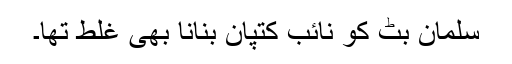
سلمان بٹ کو نائب کتپان بنانا بھی غلط تھا۔